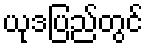
ယုဒပြည်တွင်